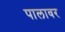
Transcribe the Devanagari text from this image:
पालावर